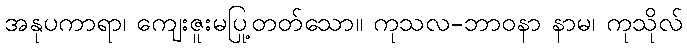
အနုပကာရာ၊ ကျေးဇူးမပြု့တတ်သော။ ကုသလ-ဘာဝနာ နာမ၊ ကုသိုလ်